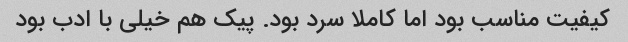
کیفیت مناسب بود اما کاملا سرد بود. پیک هم خیلی با ادب بود